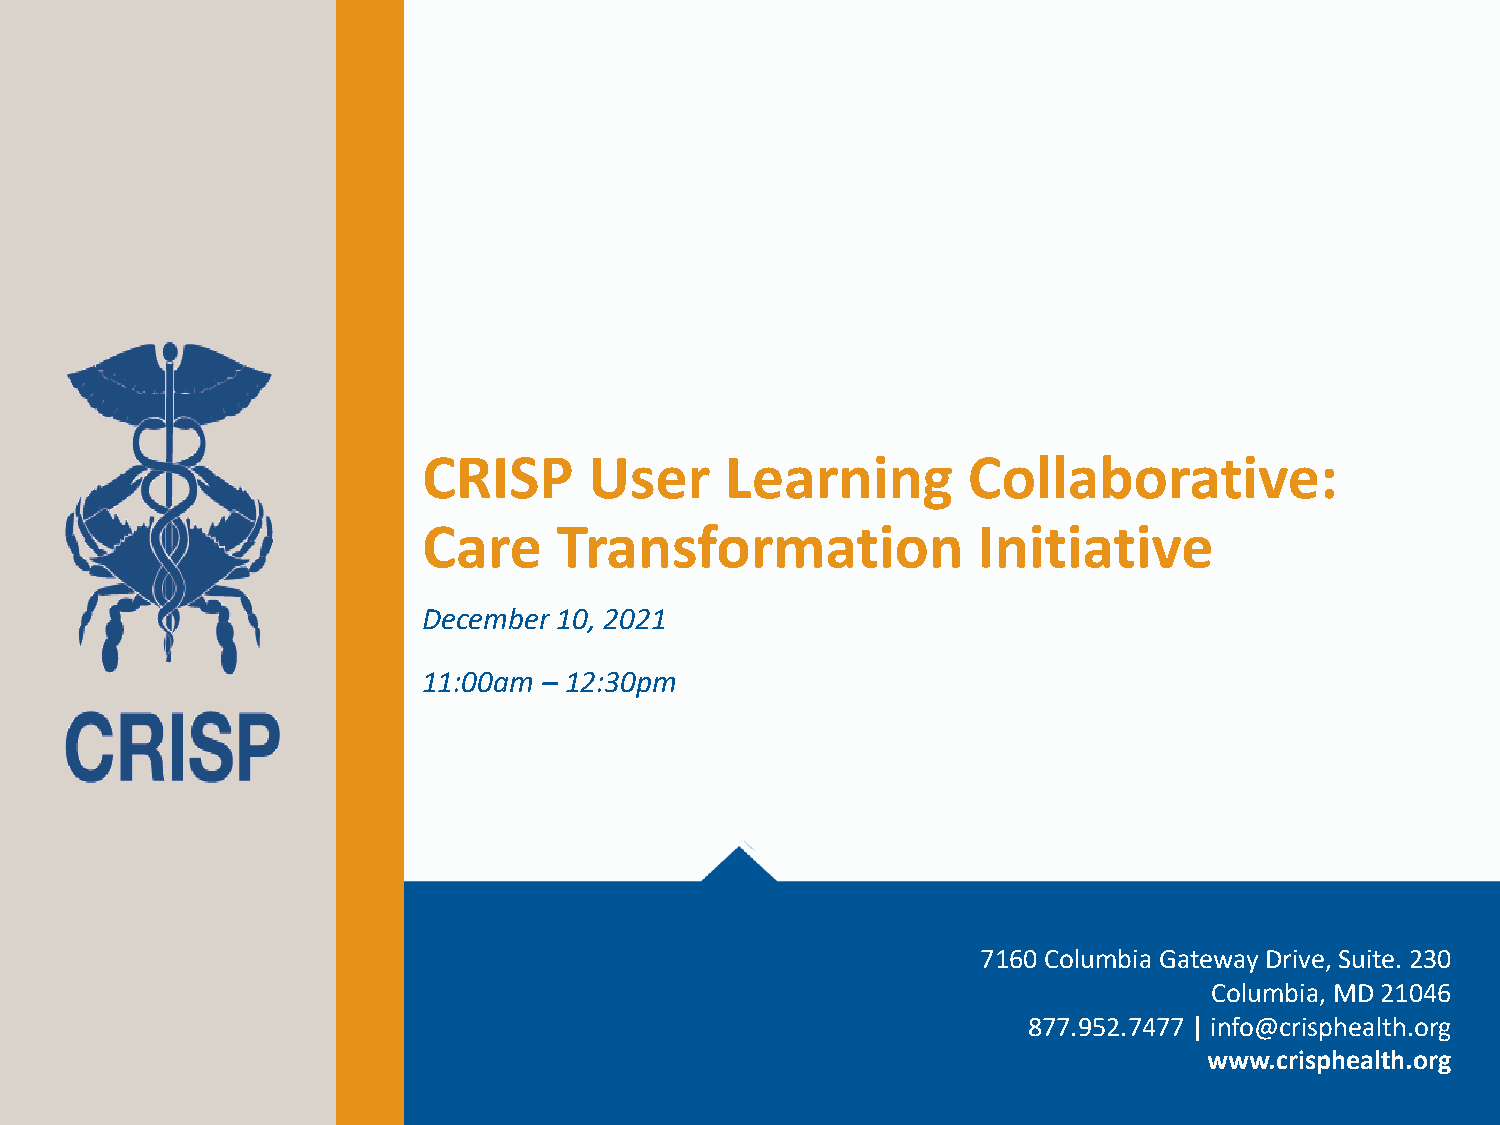
CRISP      User     Learning        Collaborative:
 Care     Transformation              Initiative
 December 10, 2021
 11:00am – 12:30pm
 7160 Columbia Gateway Drive, Suite. 230
 Columbia, MD 21046
 877.952.7477 | info@crisphealth.org
 www.crisphealth.org
 | AIR.O RG